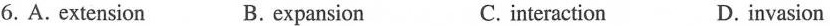
6. A. extension B. expansion C. interaction D. invasion